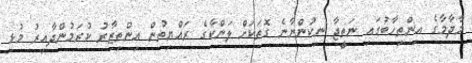
މާދާމާގެ އިންތިހާބުގައި ނަތީޖާ ނިކުންނާނެ ގޮތަކަށް ލަންކާގެ ރައްޔިތުން އިންތިޒާރު ކުރަމުންދާއިރު މުޅި